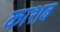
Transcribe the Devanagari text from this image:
काशब